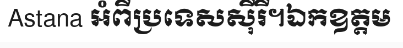
Astana អំពីប្រទេសស៊ីរី។ឯកឧត្តម